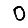
Digit: 0